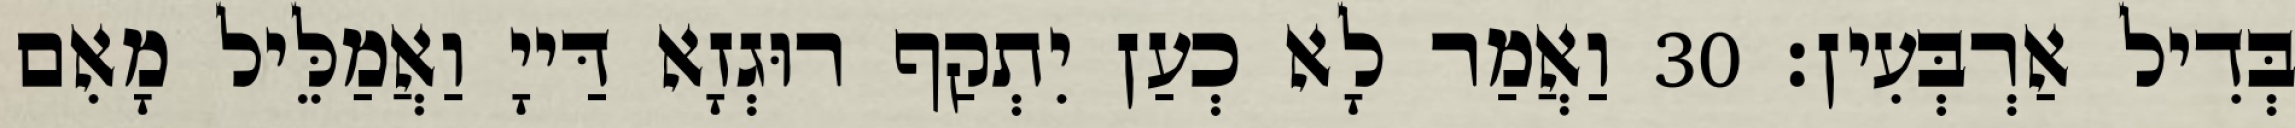
בְּדִיל אַרְבְּעִין׃ 30 וַאֲמַר לָא כְעַן יִתְקַף רוּגְזָא דַּייָ וַאֲמַלֵּיל מָאִם